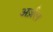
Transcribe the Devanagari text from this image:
अर्ज़ल